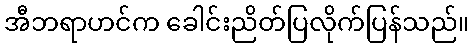
အီဘရာဟင်က ခေါင်းညိတ်ပြလိုက်ပြန်သည်။